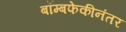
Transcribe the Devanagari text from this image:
बॉम्बफेकीनंतर